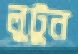
লুটুন